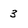
Character: 3